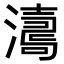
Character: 𤁟